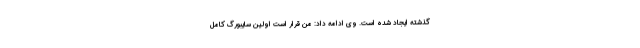
گذشته ایجاد شده است. وی ادامه داد: من قرار است اولین سایبورگ کامل